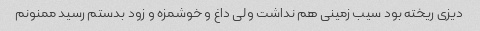
دیزی ریخته بود سیب زمینی هم نداشت ولی داغ و خوشمزه و زود بدستم رسید ممنونم